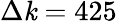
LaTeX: \Delta\mathit{k}=425